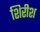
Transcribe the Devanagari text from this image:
शिरीश